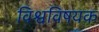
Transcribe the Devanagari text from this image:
विश्वविषयक